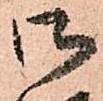
御